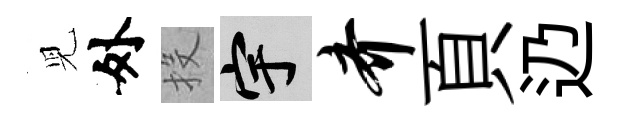
児外投宇齐頁辸